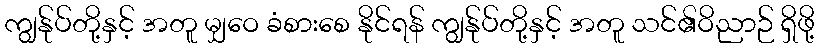
ကျွန်ုပ်တို့နှင့် အတူ မျှဝေ ခံစားစေ နိုင်ရန် ကျွန်ုပ်တို့နှင့် အတူ သင်၏ဝိညာဉ် ရှိဖို့